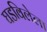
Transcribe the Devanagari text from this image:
घडविलेला